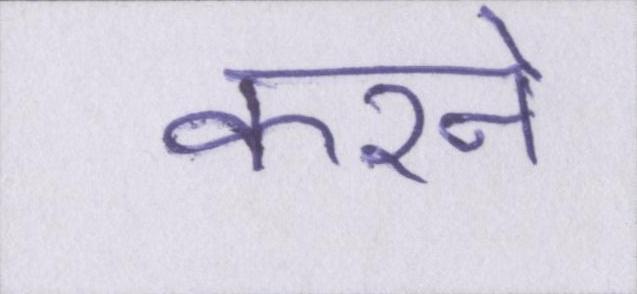
करने